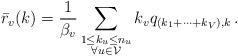
LaTeX: \begin{align*}\bar r_v(k) = \frac{1}{\beta_v}\sum_{\substack{1 \leq k_u \leq n_u\\ \forall u \in \mathcal{V}}} k_v q_{(k_1+ \cdots+ k_V), k}\, .\end{align*}